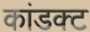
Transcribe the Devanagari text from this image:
कांडक्ट